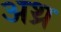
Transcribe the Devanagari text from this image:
अथ्र